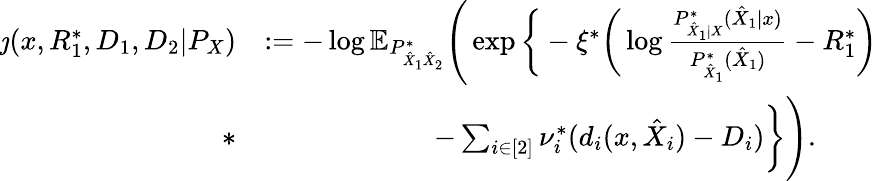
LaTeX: \begin{array}{rl}{\jmath(x,R_{1}^{*},D_{1},D_{2}|P_{X})}&{:=-\log\mathbb{E}_{P_{\hat{X}_{1}\hat{X}_{2}}^{*}}\Bigg(\exp\bigg\{ -\xi^{*}\bigg(\log\frac{P_{\hat{X}_{1}|X}^{*}(\hat{X}_{1}|x)}{P_{\hat{X}_{1}}^{*}(\hat{X}_{1})}-R_{1}^{*}\bigg)}\\ {*}&{\qquad\qquad\qquad-\sum_{i\in[2]}\nu_{i}^{*}(d_{i}(x,\hat{X}_{i})-D_{i})\bigg\} \Bigg).}\end{array}